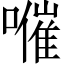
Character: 𡀰